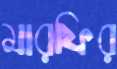
মারফির